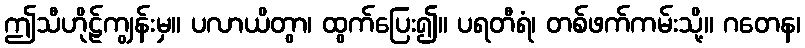
ဤသီဟိုဠ်ကျွန်းမှ။ ပလာယိတွာ၊ ထွက်ပြေး၍။ ပရတီရံ၊ တစ်ဖက်ကမ်းသို့။ ဂတေန၊